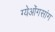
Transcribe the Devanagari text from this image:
ग्येओंगसांग